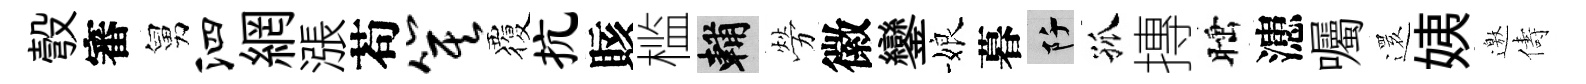
彀審舅泗網漲苟箕覆抗賅槛輔勞徽鑾娘暮阡孤摶睡漶囑𮟃姨邀儔